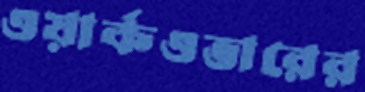
ওয়ার্কওভারের